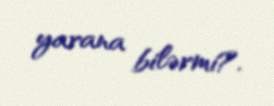
yarana bilərmi?.